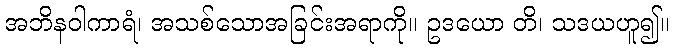
အဘိနဝါကာရံ၊ အသစ်သောအခြင်းအရာကို။ ဥဒယော တိ၊ သဒယဟူ၍။